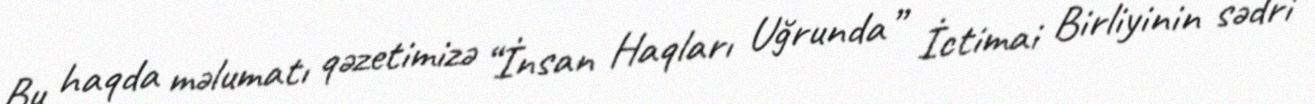
Bu haqda məlumatı qəzetimizə “İnsan Haqları Uğrunda” İctimai Birliyinin sədri